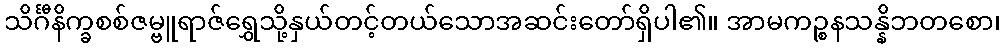
သိင်္ဂီနိက္ခစစ်ဇမ္ဗူရာဇ်ရွှေသို့နှယ်တင့်တယ်သောအဆင်းတော်ရှိပါ၏။ အာမကဉ္စနသန္နိဘတစော၊